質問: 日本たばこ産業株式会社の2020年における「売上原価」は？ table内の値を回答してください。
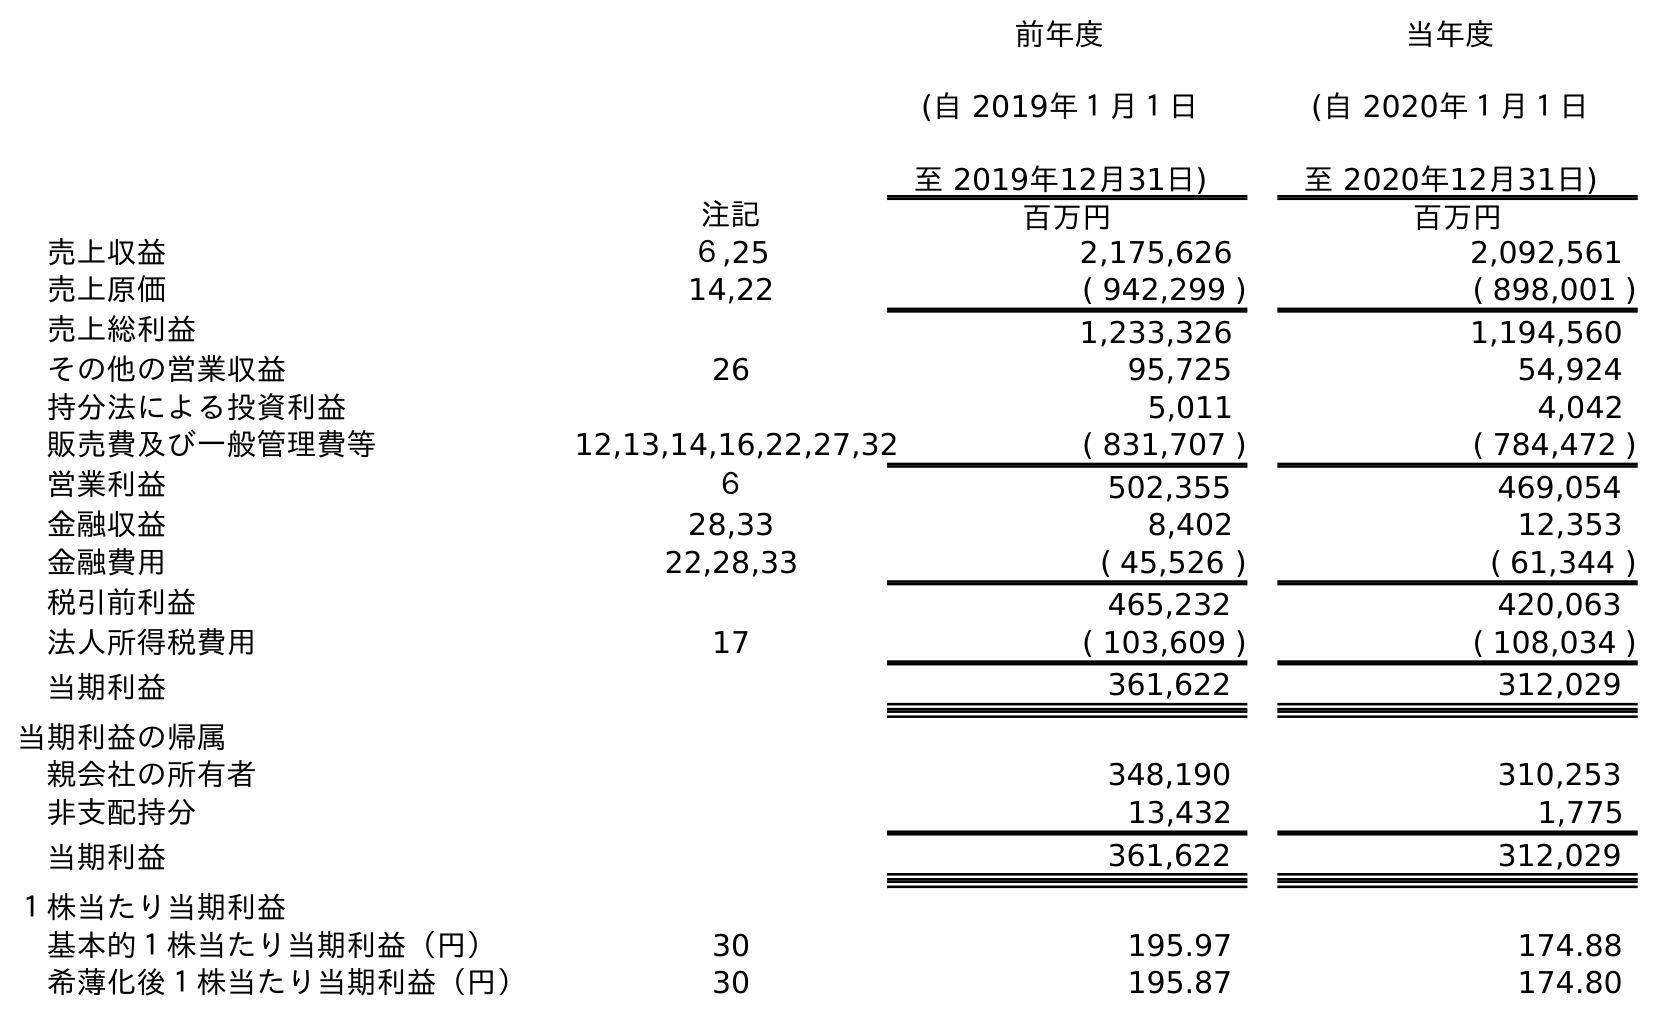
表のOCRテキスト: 前年度 (自 2019年１月１日 至 2019年12月31日) 当年度 (自 2020年１月１日 至 2020年12月31日) 注記 百万円 百万円 売上収益 ６,25 2,175,626 2,092,561 売上原価 14,22 ( 942,299 ) ( 898,001 ) 売上総利益 1,233,326 1,194,560 その他の営業収益 26 95,725 54,924 持分法による投資利益 5,011 4,042 販売費及び一般管理費等 12,13,14,16,22,27,32 ( 831,707 ) ( 784,472 ) 営業利益 ６ 502,355 469,054 金融収益 28,33 8,402 12,353 金融費用 22,28,33 ( 45,526 ) ( 61,344 ) 税引前利益 465,232 420,063 法人所得税費用 17 ( 103,609 ) ( 108,034 ) 当期利益 361,622 312,029 当期利益の帰属 親会社の所有者 348,190 310,253 非支配持分 13,432 1,775 当期利益 361,622 312,029 １株当たり当期利益 基本的１株当たり当期利益（円） 30 195.97 174.88 希薄化後１株当たり当期利益（円） 30 195.87 174.80
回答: (898,001)